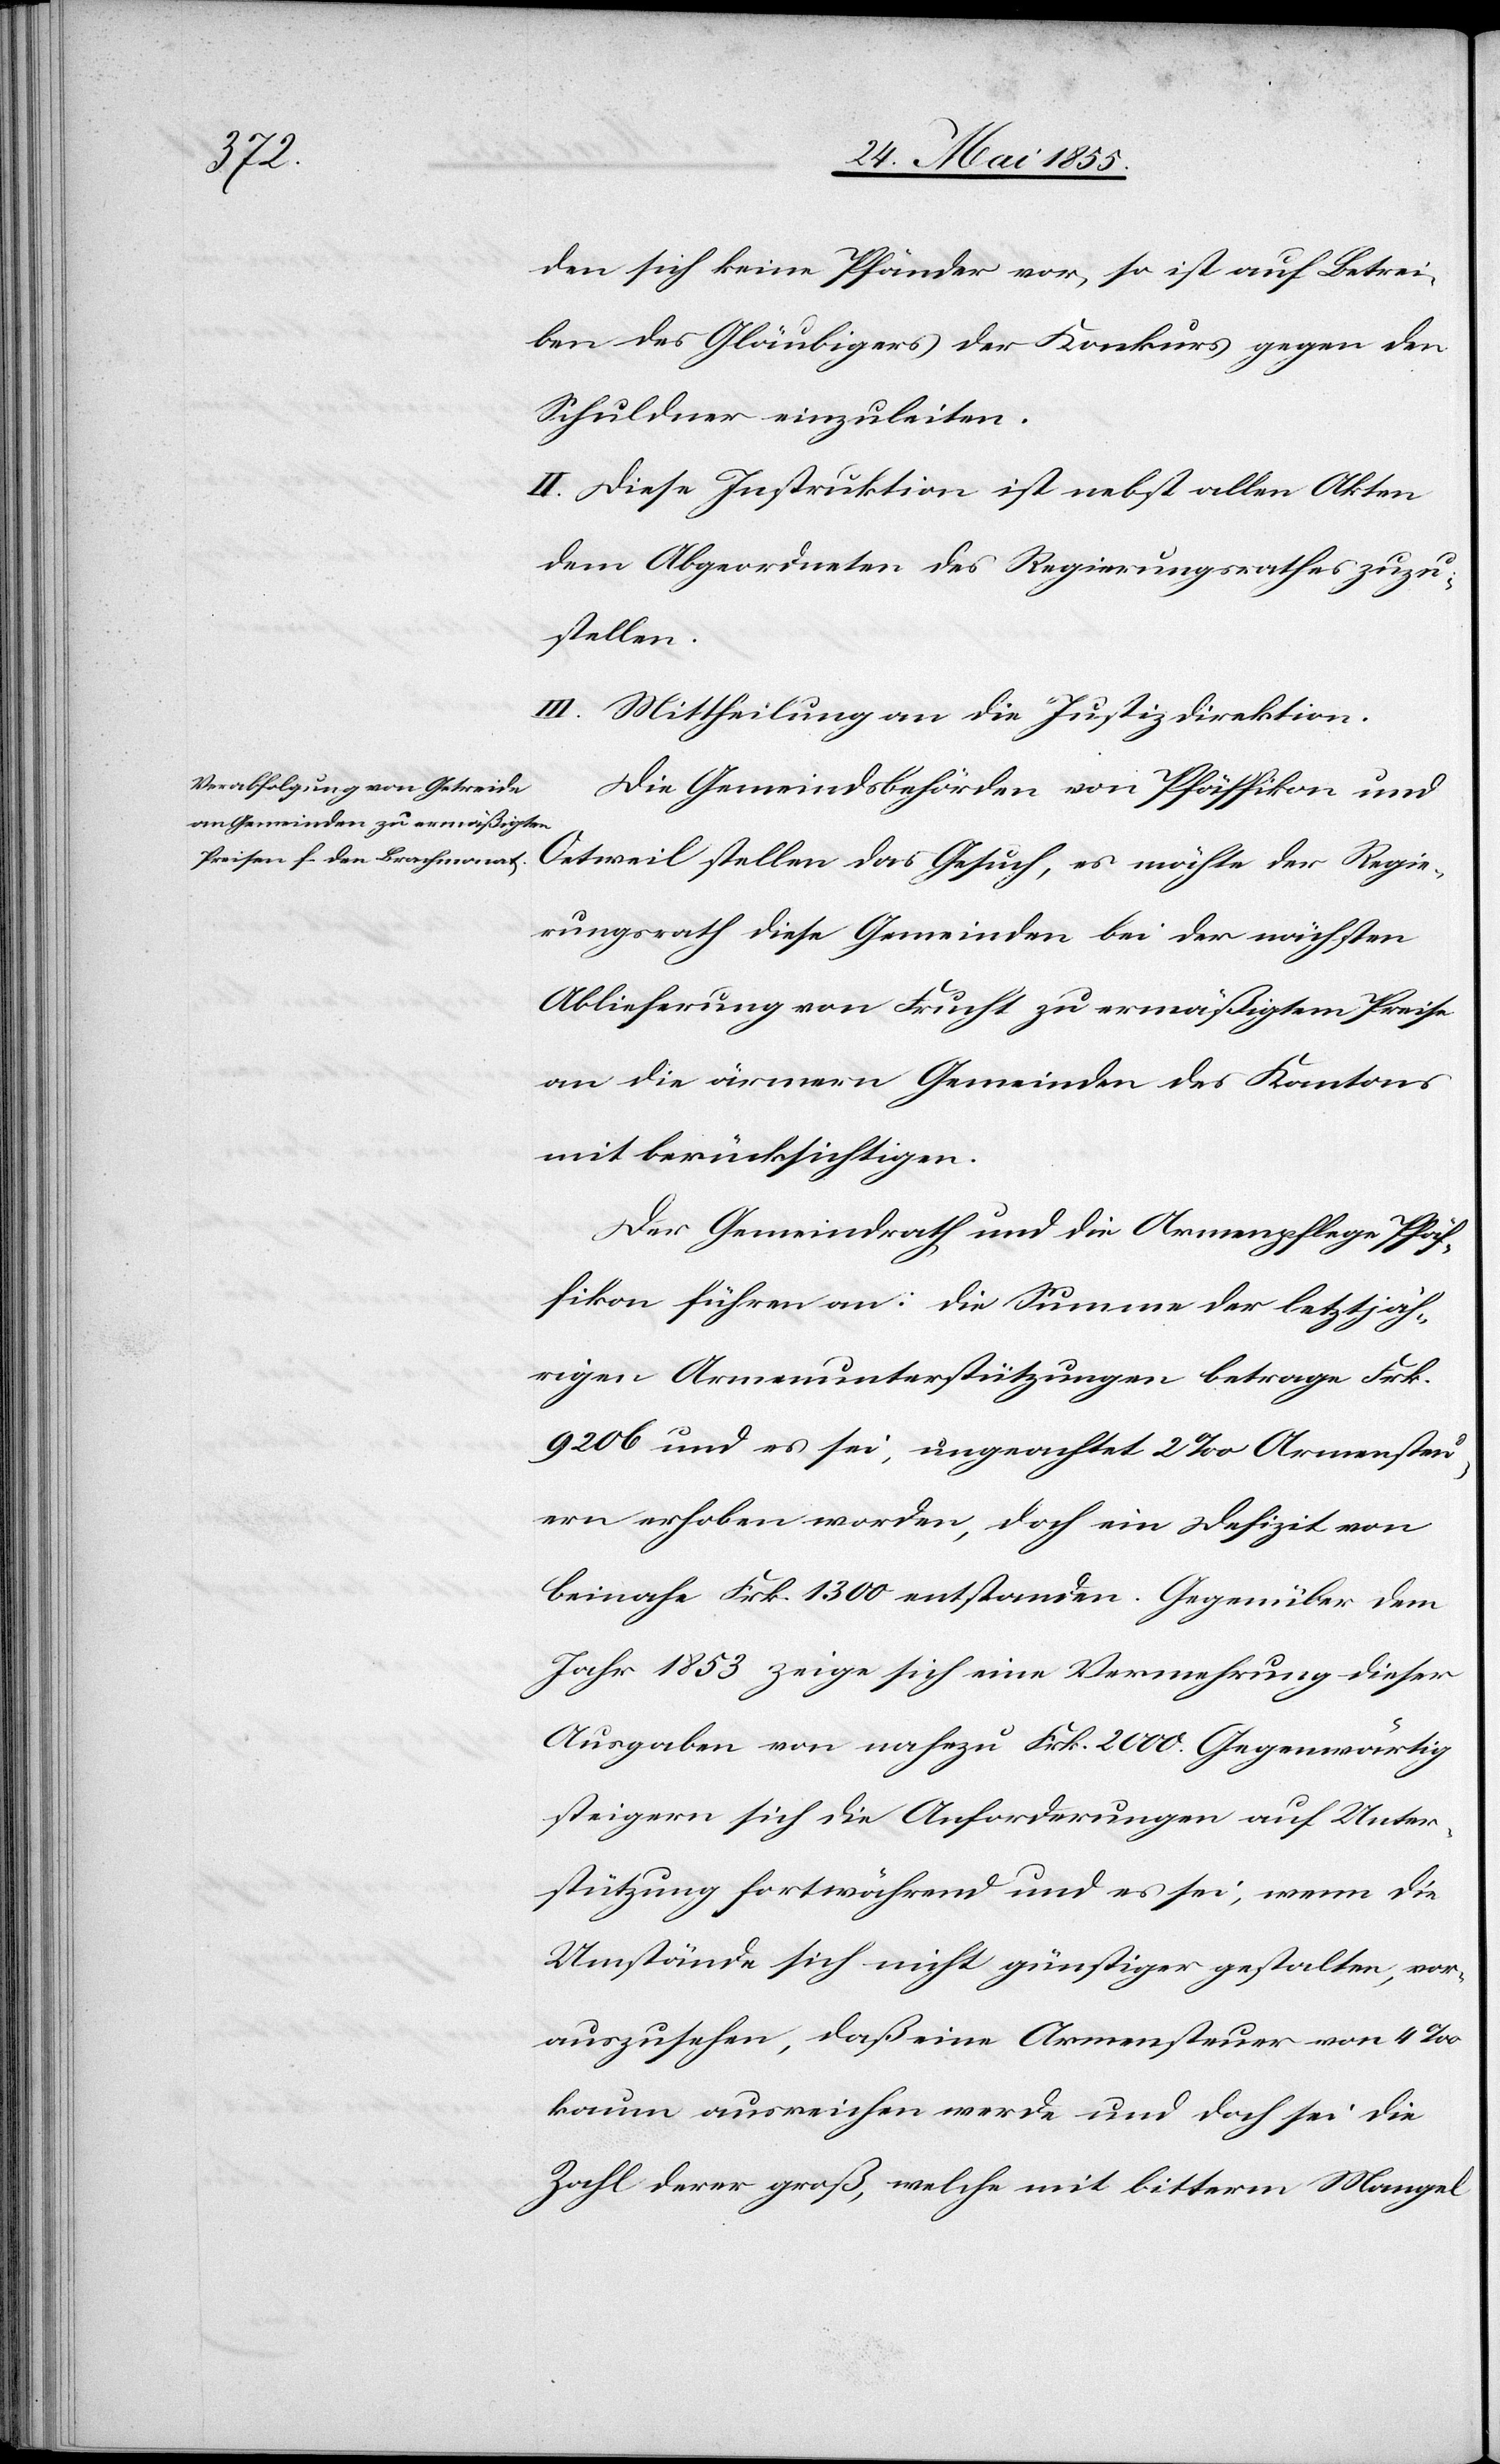
den sich keine Pfänder vor, so ist auf Betrei¬
ben des Gläubigers der Konkurs gegen den
Schuldner einzuleiten.
II. Diese Instruktion ist nebst allen Akten
dem Abgeordneten des Regierungsrathes zuzu¬
stellen.
III. Mittheilung an die Justizdirektion.
Die Gemeindsbehörden von Pfäffikon und
Oetweil stellen das Gesuch, es möchte der Regie¬
rungsrath diese Gemeinden bei der nächsten
Ablieferung von Frucht zu ermäßigtem Preise
an die ärmern Gemeinden des Kantons
mit berücksichtigen.
Der Gemeindrath und die Armenpflege Pfäf¬
fikon führen an: Die Summe der letztjäh¬
rigen Armenunterstützungen betrage Frk.
9206 und es sei, ungeachtet 2‰ Armensteu¬
ern erhoben worden, doch ein Defizit von
beinahe Frk. 1300 entstanden. Gegenüber dem
Jahr 1853 zeige sich eine Vermehrung dieser
Ausgaben von nahezu Frk. 2000. Gegenwärtig
steigern sich die Anforderungen auf Unter¬
stützung fortwährend und es sei, wenn die
Umstände sich nicht günstiger gestalten, vor¬
auszusehen, daß eine Armensteuer von 4‰
kaum ausreichen werde und doch sei die
Zahl derer groß, welche mit bitterm Mangel